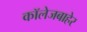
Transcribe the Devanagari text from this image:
कॉलेजबाहेर